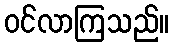
ဝင်လာကြသည်။